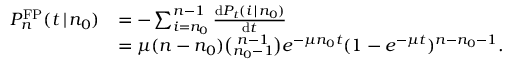
\begin{array} { r l } { P _ { n } ^ { \mathrm { F P } } ( t \, | \, n _ { 0 } ) } & { = - \sum _ { i = n _ { 0 } } ^ { n - 1 } \frac { \mathrm { d } P _ { t } ( i \, | \, n _ { 0 } ) } { \mathrm { d } t } } \\ & { = \mu ( n - n _ { 0 } ) { \binom { n - 1 } { n _ { 0 } - 1 } } e ^ { - \mu n _ { 0 } t } ( 1 - e ^ { - \mu t } ) ^ { n - n _ { 0 } - 1 } . } \end{array}